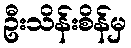
ဦးသိန်းစိန်မှ